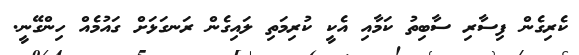
ކެރިގެން ފިސާރި ސާބިތު ކަމާއި އެކީ ކުރިމަތި ލައިގެން ރަނގަޅަށް ގައުމެއް ހިންގޭނީ.